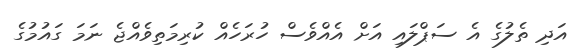
އަދި ތެލުގެ އެ ސަޕްލައި އަށް އެއްވެސް ހުރަހެއް ކުރިމަތިވެއްޖެ ނަމަ ގައުމުގެ